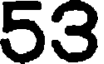
53